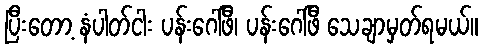
ပြီးတော့ နံပါတ်ငါး ပန်းဂေါ်ဖီ၊ ပန်းဂေါ်ဖီ သေချာမှတ်ရမယ်။